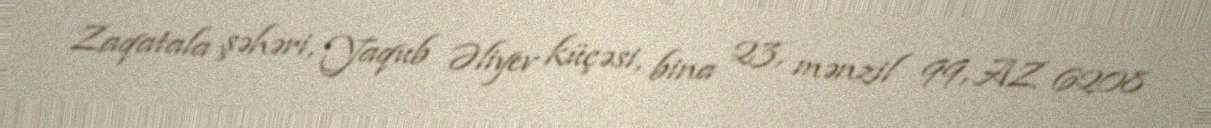
Zaqatala şəhəri, Yaqub Əliyev küçəsi, bina 23, mənzil 99, AZ 6208